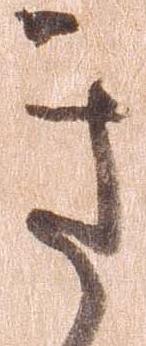
き